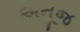
અનૂજ